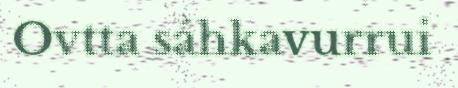
Ovtta sáhkavurrui